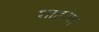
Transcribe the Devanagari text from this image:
शाहांचा